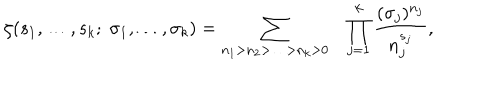
\zeta ( s _ { 1 } , \ldots , s _ { k } ; \; \sigma _ { 1 } , \ldots , \sigma _ { k } ) = \sum _ { n _ { 1 } > n _ { 2 } > \ldots > n _ { k } > 0 } \prod _ { j = 1 } ^ { k } \frac { ( \sigma _ { j } ) ^ { n _ { j } } } { n _ { j } ^ { s _ { j } } } ,